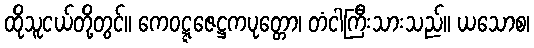
ထိုသူငယ်တို့တွင်။ ကေဝဋ္ဋဇေဋ္ဌကပုတ္တော၊ တံငါကြီးသားသည်။ ယသောစ၊